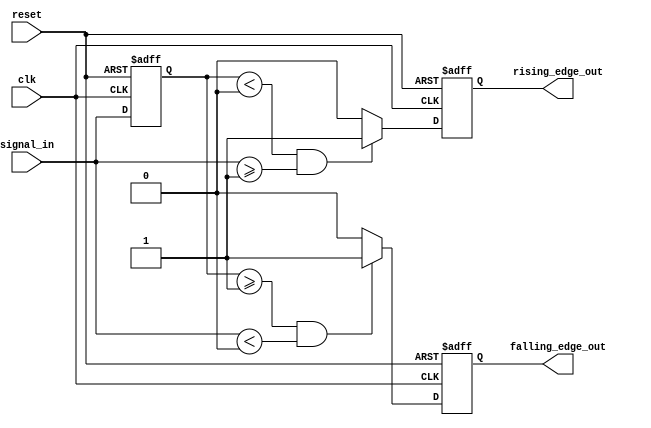
module schmitt_trigger_edge_detector (
    input wire clk,                // Clock signal
    input wire reset,              // Reset signal
    input wire signal_in,          // Input signal to be monitored
    output reg rising_edge_out,    // Output for rising edge detection
    output reg falling_edge_out     // Output for falling edge detection
);

    // Parameters for hysteresis thresholds
    parameter Vth_plus = 1'b1;    // Upper threshold
    parameter Vth_minus = 1'b0;   // Lower threshold

    reg signal_prev;               // Register to hold the previous state of the input signal

    // Sequential block to capture the input signal
    always @(posedge clk or posedge reset) begin
        if (reset) begin
            signal_prev <= 1'b0;    // Reset the previous state
            rising_edge_out <= 1'b0; // Clear rising edge output
            falling_edge_out <= 1'b0; // Clear falling edge output
        end else begin
            // Edge detection logic
            if (signal_prev < Vth_minus && signal_in >= Vth_plus) begin
                rising_edge_out <= 1'b1; // Rising edge detected
            end else begin
                rising_edge_out <= 1'b0; // No rising edge
            end

            if (signal_prev >= Vth_plus && signal_in < Vth_minus) begin
                falling_edge_out <= 1'b1; // Falling edge detected
            end else begin
                falling_edge_out <= 1'b0; // No falling edge
            end

            // Update the previous state
            signal_prev <= signal_in;
        end
    end

endmodule